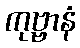
ကုဗ္ဗာနံ